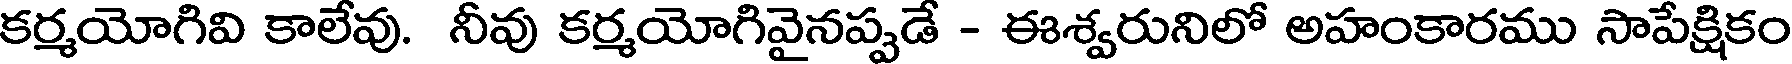
కర్మయోగివి కాలేవు. నీవు కర్మయోగివైనప్పడే - ఈశ్వరునిలో అహంకారము సాపేక్షికం